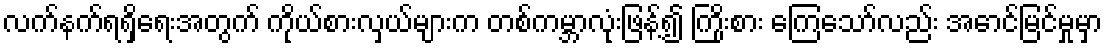
လက်နက်ရရှိရေးအတွက် ကိုယ်စားလှယ်များက တစ်ကမ္ဘာလုံးဖြန့်၍ ကြိုးစား ကြေသော်လည်း အောင်မြင်မှုမှာ